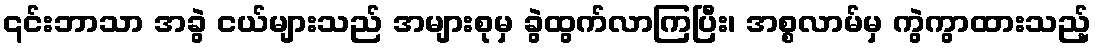
၎င်းဘာသာ အခွဲ ငယ်များသည် အများစုမှ ခွဲထွက်လာကြပြီး၊ အစ္စလာမ်မှ ကွဲကွာထားသည့်